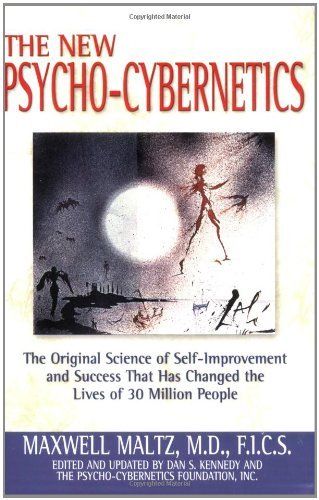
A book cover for The New Psycho-Cybernetics [Paperback] [2002] (Author) Maxwell Maltz, Dan S. Kennedy; Computers & Technology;